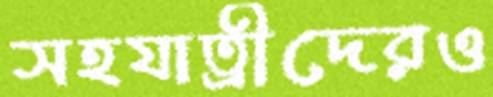
সহযাত্রীদেরও